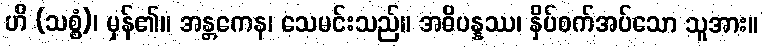
ဟိ (သစ္စံ)၊ မှန်၏။ အန္တကေန၊ သေမင်းသည်။ အဓိပန္နဿ၊ နှိပ်စက်အပ်သော သူအား။